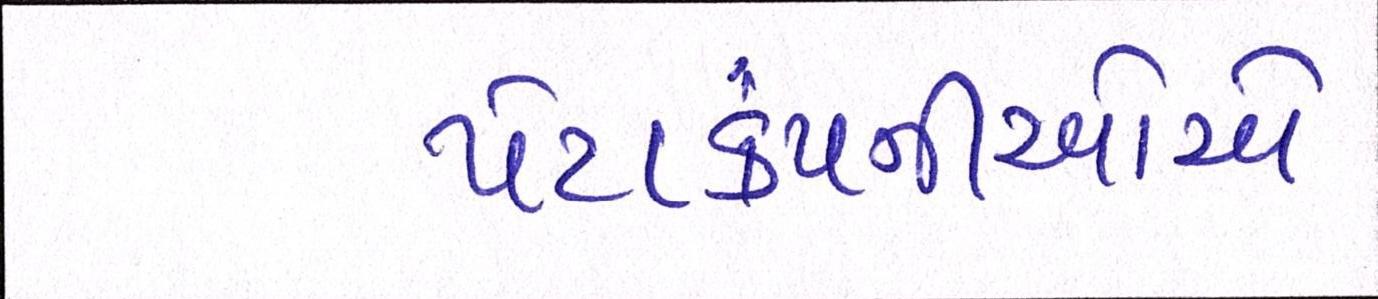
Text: પેટાકંપનીઓએ